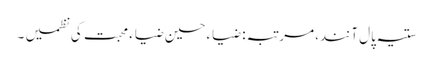
ستیہ پال آنند، مرتبہ: ضیاء حسین ضیاء محبت کی نظمیں ۔